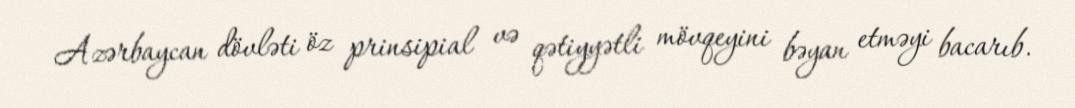
Azərbaycan dövləti öz prinsipial və qətiyyətli mövqeyini bəyan etməyi bacarıb.